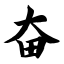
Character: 奋